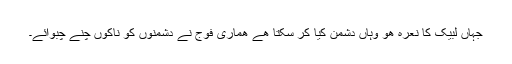
جہاں لبیک کا نعرہ ھو وہاں دشمن کیا کر سکتا ھے ھماری فوج نے دشمنوں کو ناکوں چنے چبوائے۔